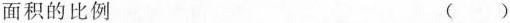
面积的比例 ()